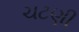
ચટણી